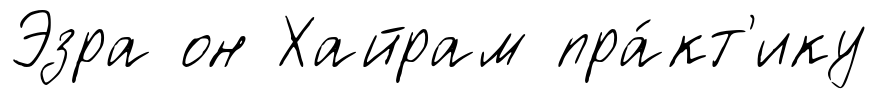
Эзра он Хайрам пра́кт'ику